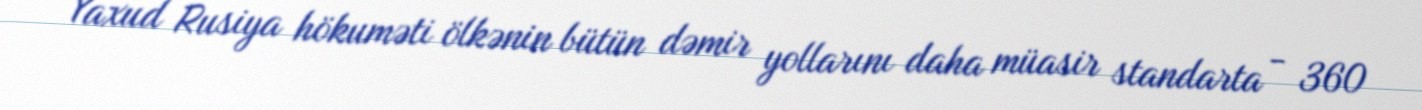
Yaxud Rusiya hökuməti ölkənin bütün dəmir yollarını daha müasir standarta - 360